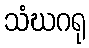
သံဃဂရု